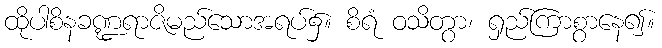
ထိုပါစိနခဏ္ဍရာဇိမည်သောအရပ်၌။ စိရံ ဝသိတွာ၊ ရှည်ကြာစွာနေ၍။